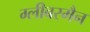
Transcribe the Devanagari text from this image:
ग्लीबरमैन